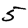
Digit: 5